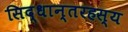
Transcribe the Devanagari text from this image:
सिद्धान्तरहस्य